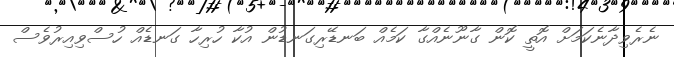
ނެރެވިދާނެކަމަށް އޮތީ ކޮން ގާނޫނެއްގާ ކަމެއް ބަނޑޭރިގަނޑުން އުކާ ހުރިހާ ގަނޑެއް ހުސްވިއިރުވެސް